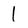
Character: 1